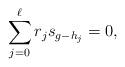
LaTeX: \begin{align*}\sum_{j=0}^\ell r_js_{g-h_j}=0,\end{align*}